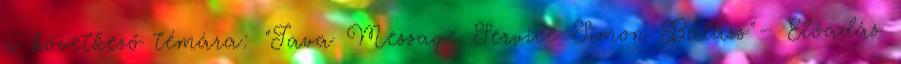
a következő témára: "Java Message Service Simon Balázs"— Előadás